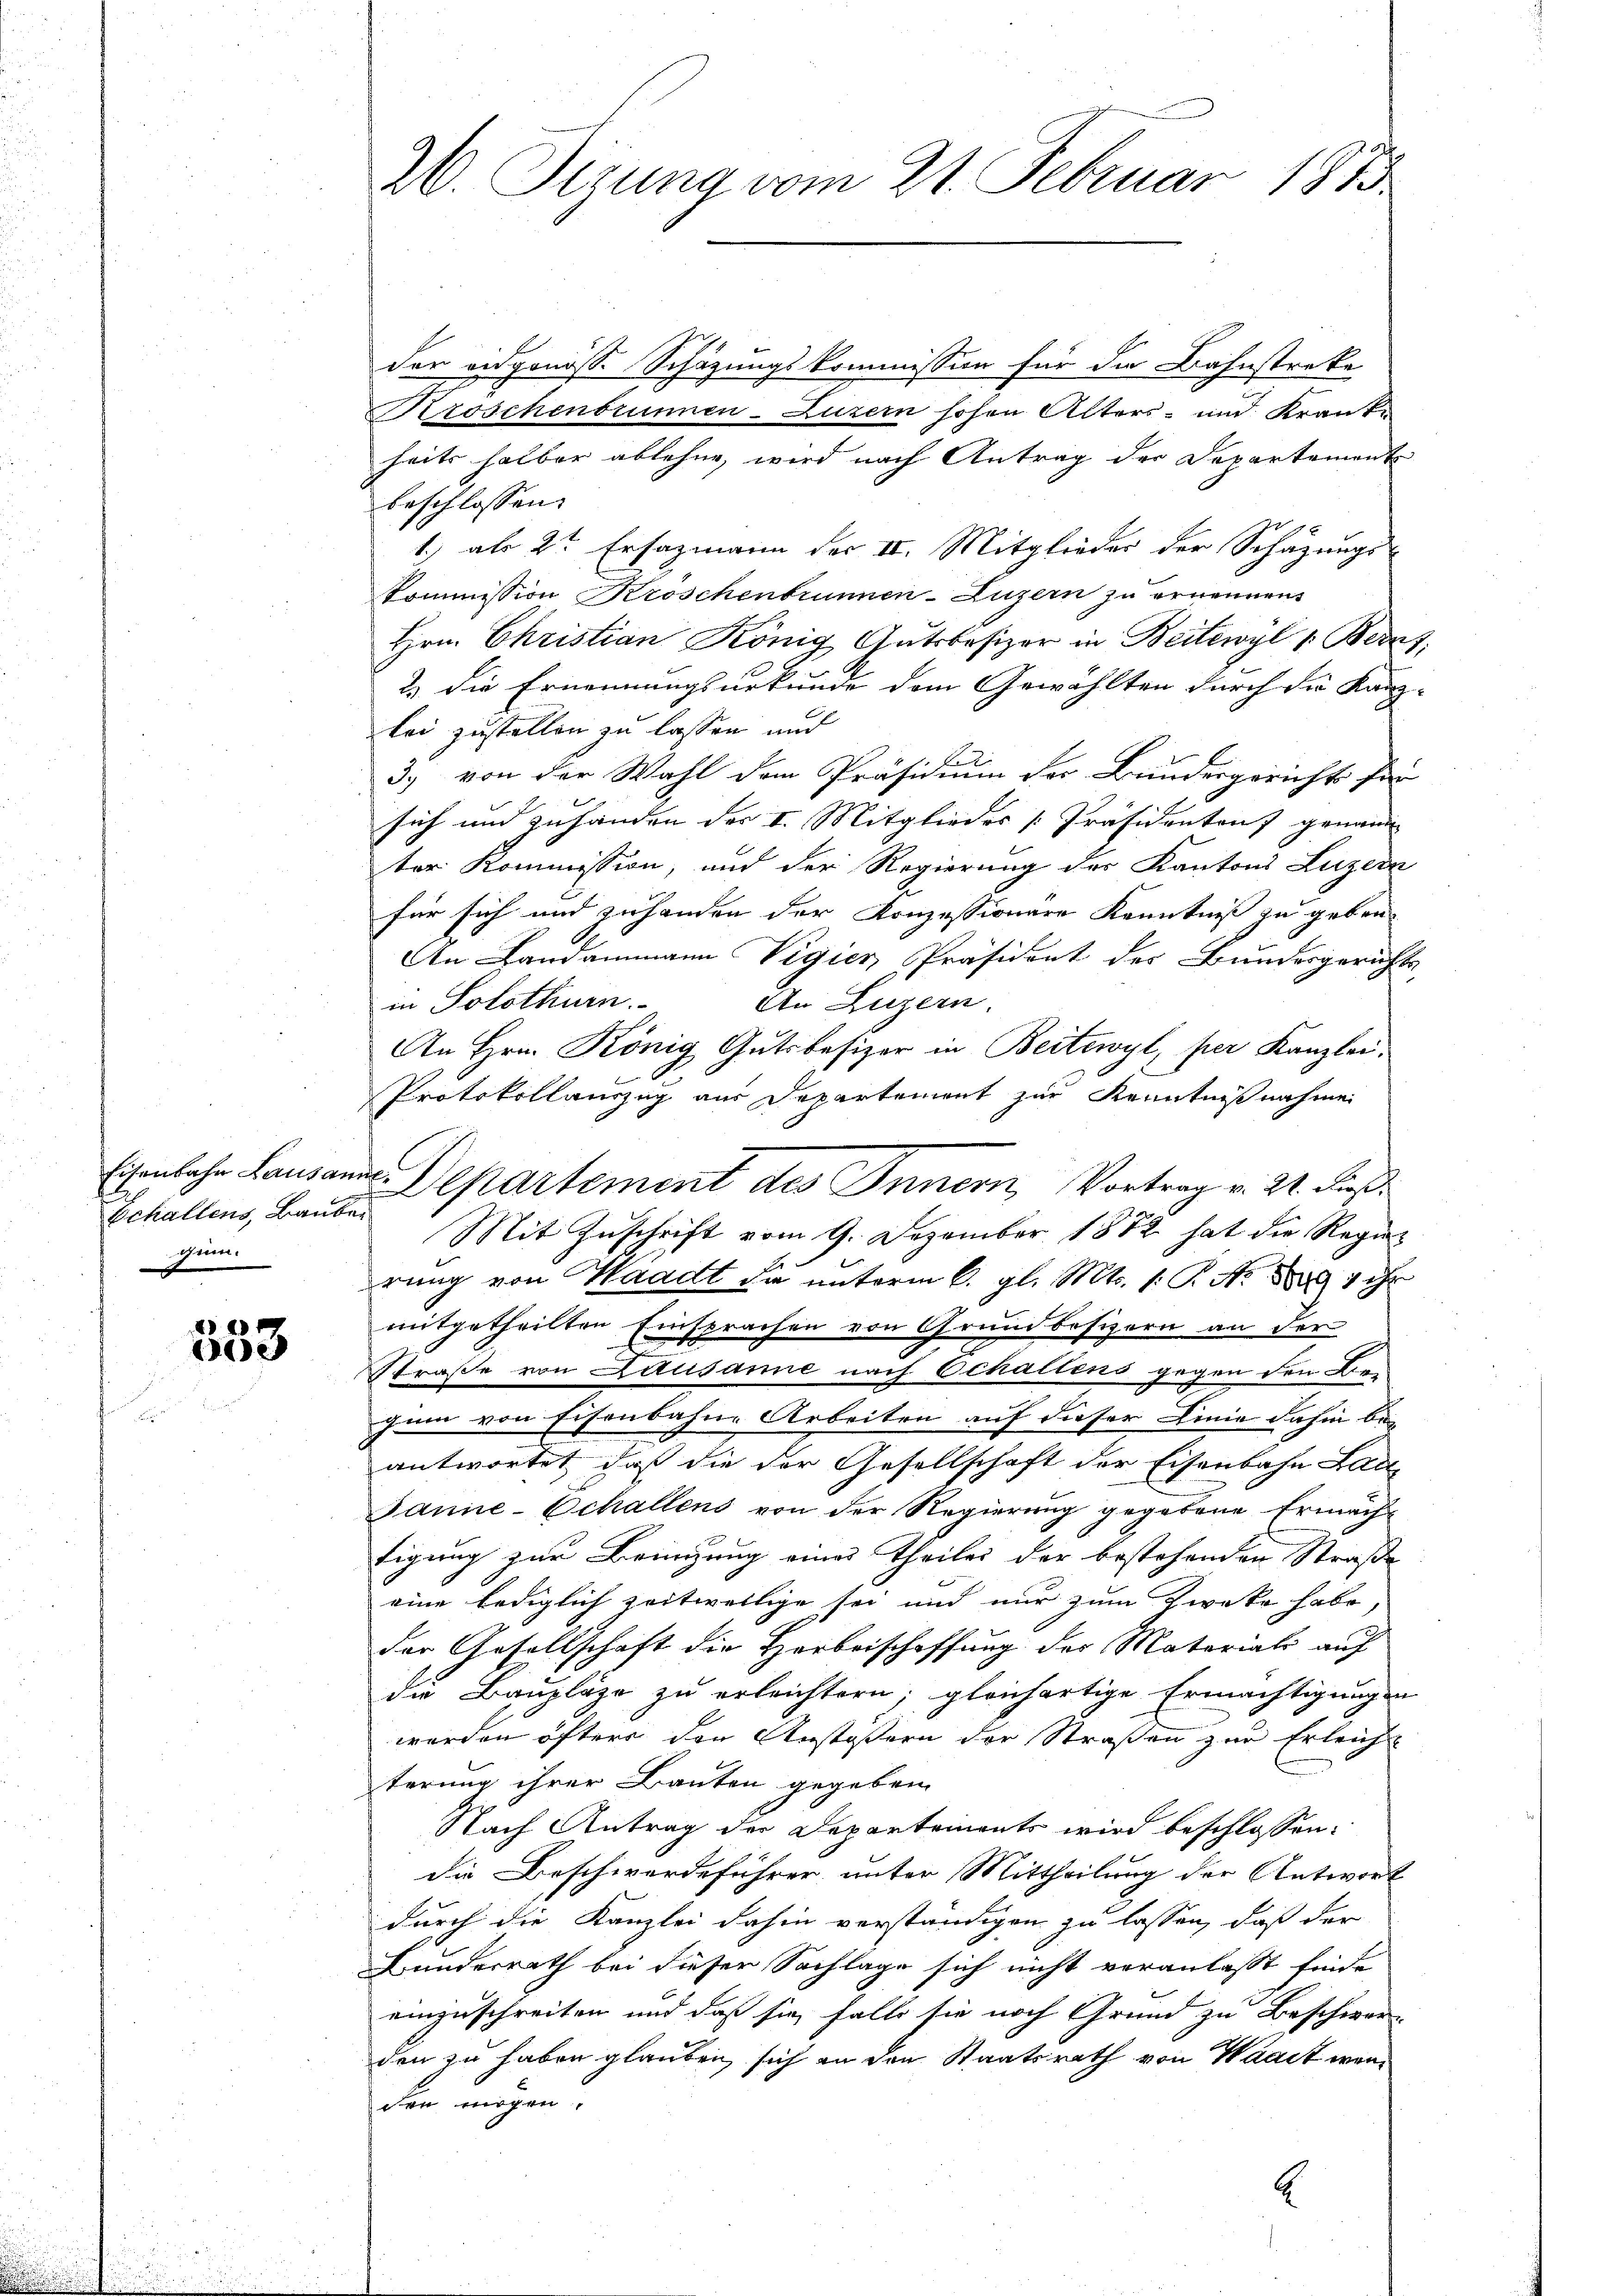
Echaltens, Bauber
rimm.

x
e

20. Situng vom 21. Februar 1873

der eidgenösse Schätzungskommission für die Bahnstreke
Kroschenbrunnen-Luzern hohen Alters- und Kranke
heits halber ablehne, wird nach Antrag der Departement
beschlossen.
1) als 2te Ersazmann der II. Mitglieder der Schätzungs-
Kommission Kroschenbrunnen-Luzern zu ernennen.
Hrn. Christian König Gutsbesizer in Beitewyl 1. Berat
2.) Die Ernennungsurkunde dem Gewählten durch die Kanz-
lei zustellen zu lassen und
3. von der Wahl dem Präsidium der Bundesgerichts für
sich und zuhanden der I. Mitgliedes [Präsidenten genann
ter Kommission, und der Regierung des Kantons Luzern
für sich und zuhanden der Konzessionäre Kenntniß zu geben
An Landammann Vigier, Präsident des Bundesgerichts,
in Solothurn.
An Luzern.
An Hrn. König Gutsbesizer in Beitewyl, per Kanzlei,
Protokollauszug aus Departement zur Kenntnißnahme
Eisenbahn Lausanne Departement des Innern, Vortrag v. 21. dieß¬
Mit Zŭschrift vom 9. Dezember 1882 hat die Regier
rung von Waadt die unterm 6. gl. Mts. 1. P. Nr. 1889 ihr
mitgetheilten Einsprachen von Grundbesizern an der
f
Straße von Lausanne nach Echallens gegen den Be-
gin von Eisenbahne Arbeiten auf dieser Linie dahin be-
antwortet, daß die der Gesellschaft der Eisenbahn Lau
Janne-Echallens von der Regierung gegebene Ermächtigung zur Bringung eines Theiles der bestehenden Straße
eine lediglich zeitweilige sei und nur zum Zwecke habe,
der Gesellschaft die Herbeischaffung der Materiali auf
die Baupläge zu erleichtern; gleichartige Ermächtigungen
werden öfters den Anstössern der Straßen zur Erleiche
terung ihrer Bauten gegeben
Nach Antrag der Departements wird beschlossen:
die Beschwerdeführer unter Mittheilung der Antwort
durch die Kanzlei dahin verständigen zu lassen, daß der
Bundesrath bei dieser Sachlage sich nicht veranlasst finde
einzuschreiten und daß sie, falls sie noch Grund zu Beschwer-
den zu haben glauben, sich an den Staatsrath von Waadt werden mögen.
E